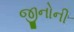
જીનોની